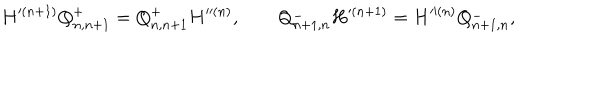
LaTeX: H ^ { ( n + 1 ) } Q _ { n , n + 1 } ^ { + } = Q _ { n , n + 1 } ^ { + } H ^ { ( n ) } , \qquad Q _ { n + 1 , n } ^ { - } H ^ { ( n + 1 ) } = H ^ { ( n ) } Q _ { n + 1 , n } ^ { - } ,